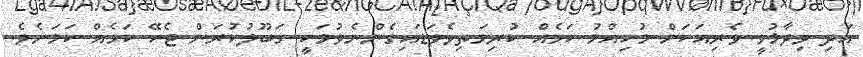
އަދި ވިދާޅުވީ ވެރިއަކަށް މުހިއްމު ކަމެއް ކުރިމަތިވެވަޑައިގެންނެވުމަކީ ގަބޫލުކުރަން ޖެހޭ ކަމެއް ކަމަށެވެ.